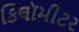
કિલૉમીટર